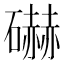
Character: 𰧩